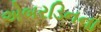
એબરડિનના